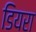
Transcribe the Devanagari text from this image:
डियरा